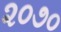
૨૦૭૦